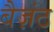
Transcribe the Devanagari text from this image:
बैज़ंठ